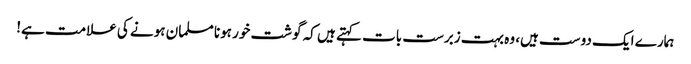
ہمارے ایک دوست ہیں، وہ بہت زبرست بات کہتے ہیں کہ گوشت خور ہونا مسلمان ہونے کی علامت ہے!